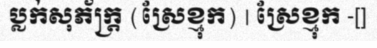
ប្លក់សុភ័ក្ត្រ (ស្រែខ្មុក) | ស្រែខ្មុក -[]